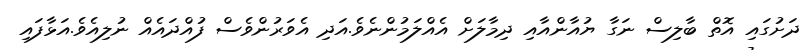
ދަށުގައި އޮތް ބާލިސް ނަގާ ޔުއާންއާއި ދިމާލަށް އެއްލަމުންނެވެ.އަދި އެވަރުންވެސް ފުއްދައެއް ނުލިއެވެ.އަޅާފައި